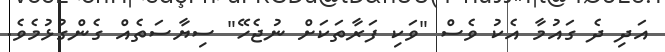
އަދި ދެ ގައުމާ އެކު ވެސް "ވަކި ފަރާތަކަށް ނުޖެހޭ" ސިޔާސަތެއް ގެންގުޅުމެވެ.